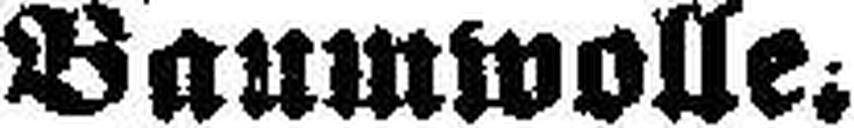
Baumwolle.